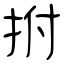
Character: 拊